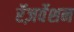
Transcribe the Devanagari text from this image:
रॅज़र्वेशन